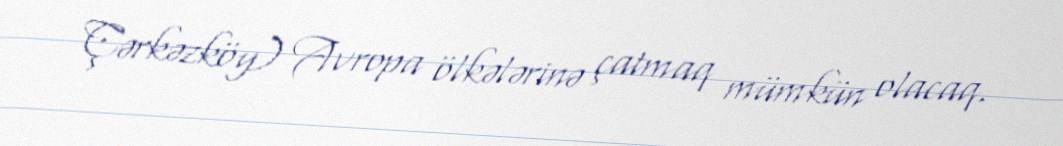
Çərkəzköy) Avropa ölkələrinə çatmaq mümkün olacaq.